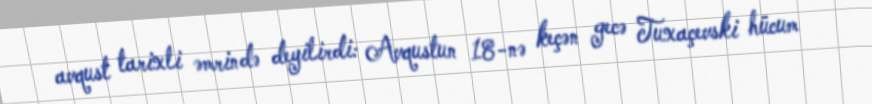
avqust tarixli əmrində deyilirdi: Avqustun 18-nə keçən gecə Tuxaçevski hücum